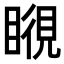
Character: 𥉎